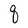
Character: q